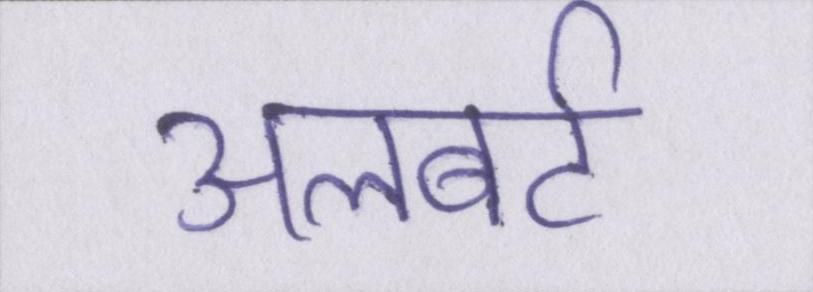
अलबर्ट